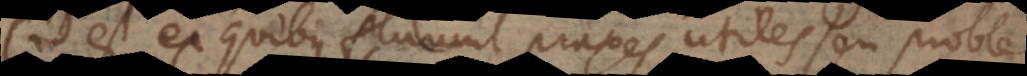
(id est ex quibus fluunt praxes utiles seu problemata